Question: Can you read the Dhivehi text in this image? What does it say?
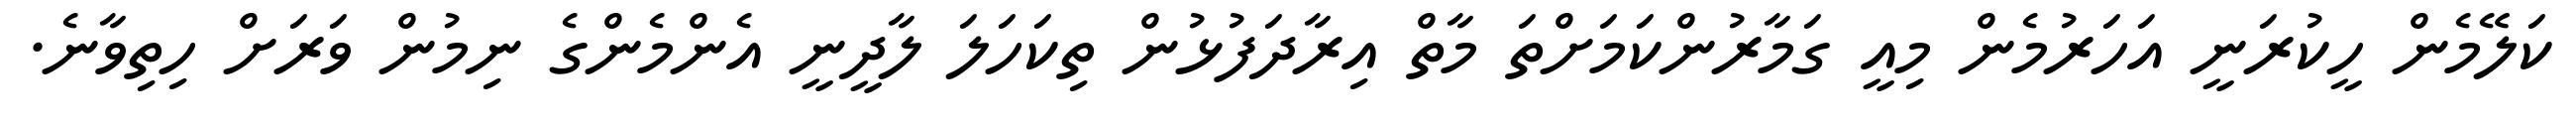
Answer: ކަލޭމެން ހީކުރަނީ އަހަރުމެން މިއީ ގަމާރުންކަމަށްތަ މާތް އިރާދަފުޅުން ތިކަހަލަ ލާދީނީ އެންމެންގެ ނިމުން ވަރަށް ހިތިވާނެ.